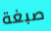
صبغة